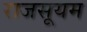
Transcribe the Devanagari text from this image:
राजसूयम